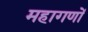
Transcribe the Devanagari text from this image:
महागणों